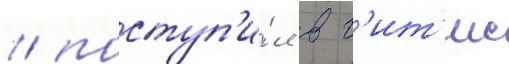
/ поступ'и́л в г'ит'ис